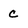
Character: c